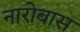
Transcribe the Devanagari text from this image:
नारोबास